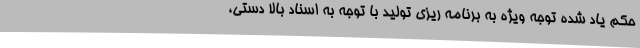
حکم یاد شده توجه ویژه به برنامه ریزی تولید با توجه به اسناد بالا دستی،